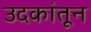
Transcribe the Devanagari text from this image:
उदकांतून